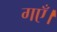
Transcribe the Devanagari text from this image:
गएँ।